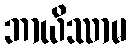
ဘာယိဿာမ